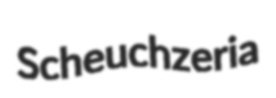
Scheuchzeria